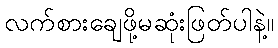
လက်စားချေဖို့မဆုံးဖြတ်ပါနဲ့။